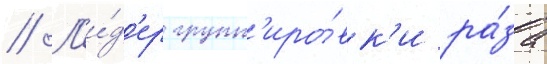
// Л'и́д'ер групп'иро́вк'и ра́за